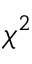
\chi ^ { 2 }